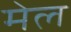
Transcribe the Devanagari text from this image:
मेल